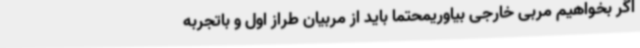
اگر بخواهیم مربی خارجی بیاوریمحتما باید از مربیان طراز اول و باتجربه